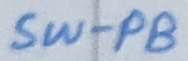
Text: SW-PB